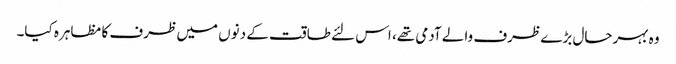
وہ بہرحال بڑے ظرف والے آدمی تھے، اس لئے طاقت کے دنوں میں ظرف کا مظاہرہ کیا۔